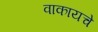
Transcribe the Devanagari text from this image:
वाकायचे